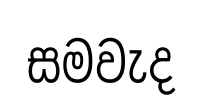
සමවැද